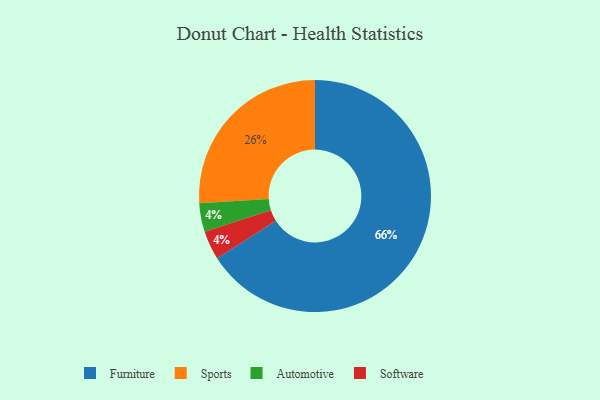
{"axis": {"x": "Category", "y": "Percentage"}, "legend": ["Automotive", "Furniture", "Software", "Sports"], "data": [{"x": "Automotive", "y": 4, "type": "Automotive"}, {"x": "Software", "y": 4, "type": "Software"}, {"x": "Furniture", "y": 66, "type": "Furniture"}, {"x": "Sports", "y": 26, "type": "Sports"}]}